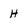
Character: H